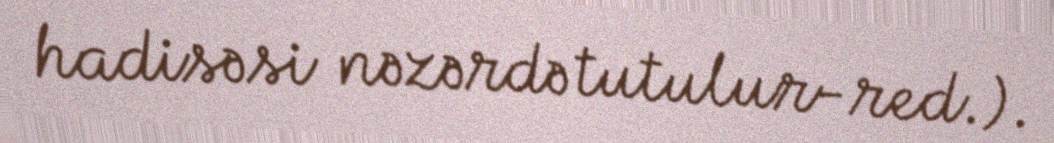
hadisəsi nəzərdə tutulur-red.).